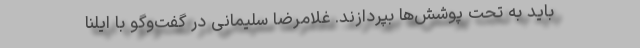
باید به تحت پوشش‌ها بپردازند. غلامرضا سلیمانی در گفت‌وگو با ایلنا